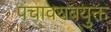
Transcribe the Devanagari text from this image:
पंचावयवयुक्त